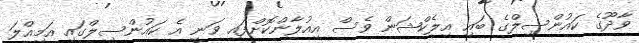
ވާދޫގެ ކައުންސިލްގެ ބައި އިލެކްޝަން ވެސް އިއުލާންކޮށްފައި ވަނީ އެ ކައުންސިލްގައި އަމިއްލަ